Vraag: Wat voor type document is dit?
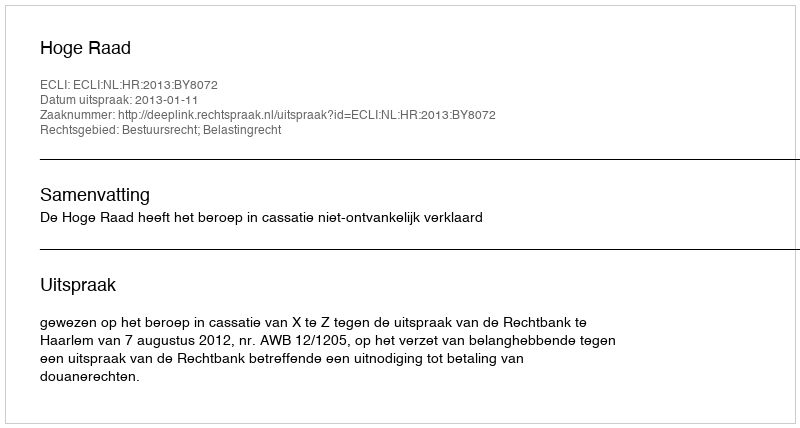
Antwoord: Uitspraak